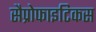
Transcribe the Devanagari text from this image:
सैप्रोफाइटिकस